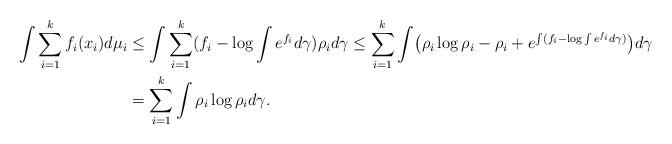
LaTeX: \begin{align*}\int \sum_{i=1}^k f_i(x_i) d \mu_i & \le \int \sum_{i=1}^k (f_i - \log \int e^{f_i} d \gamma ) \rho_i d \gamma\le \sum_{i=1}^k \int \bigl( \rho_i \log \rho_i - \rho_i + e^{\int (f_i - \log \int e^{f_i} d \gamma )} \bigr) d \gamma\\& = \sum_{i=1}^k \int \rho_i \log \rho_i d \gamma.\end{align*}